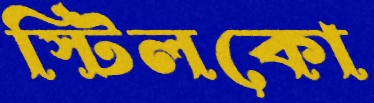
স্টিলকো